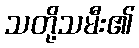
သတို့သမီး၏